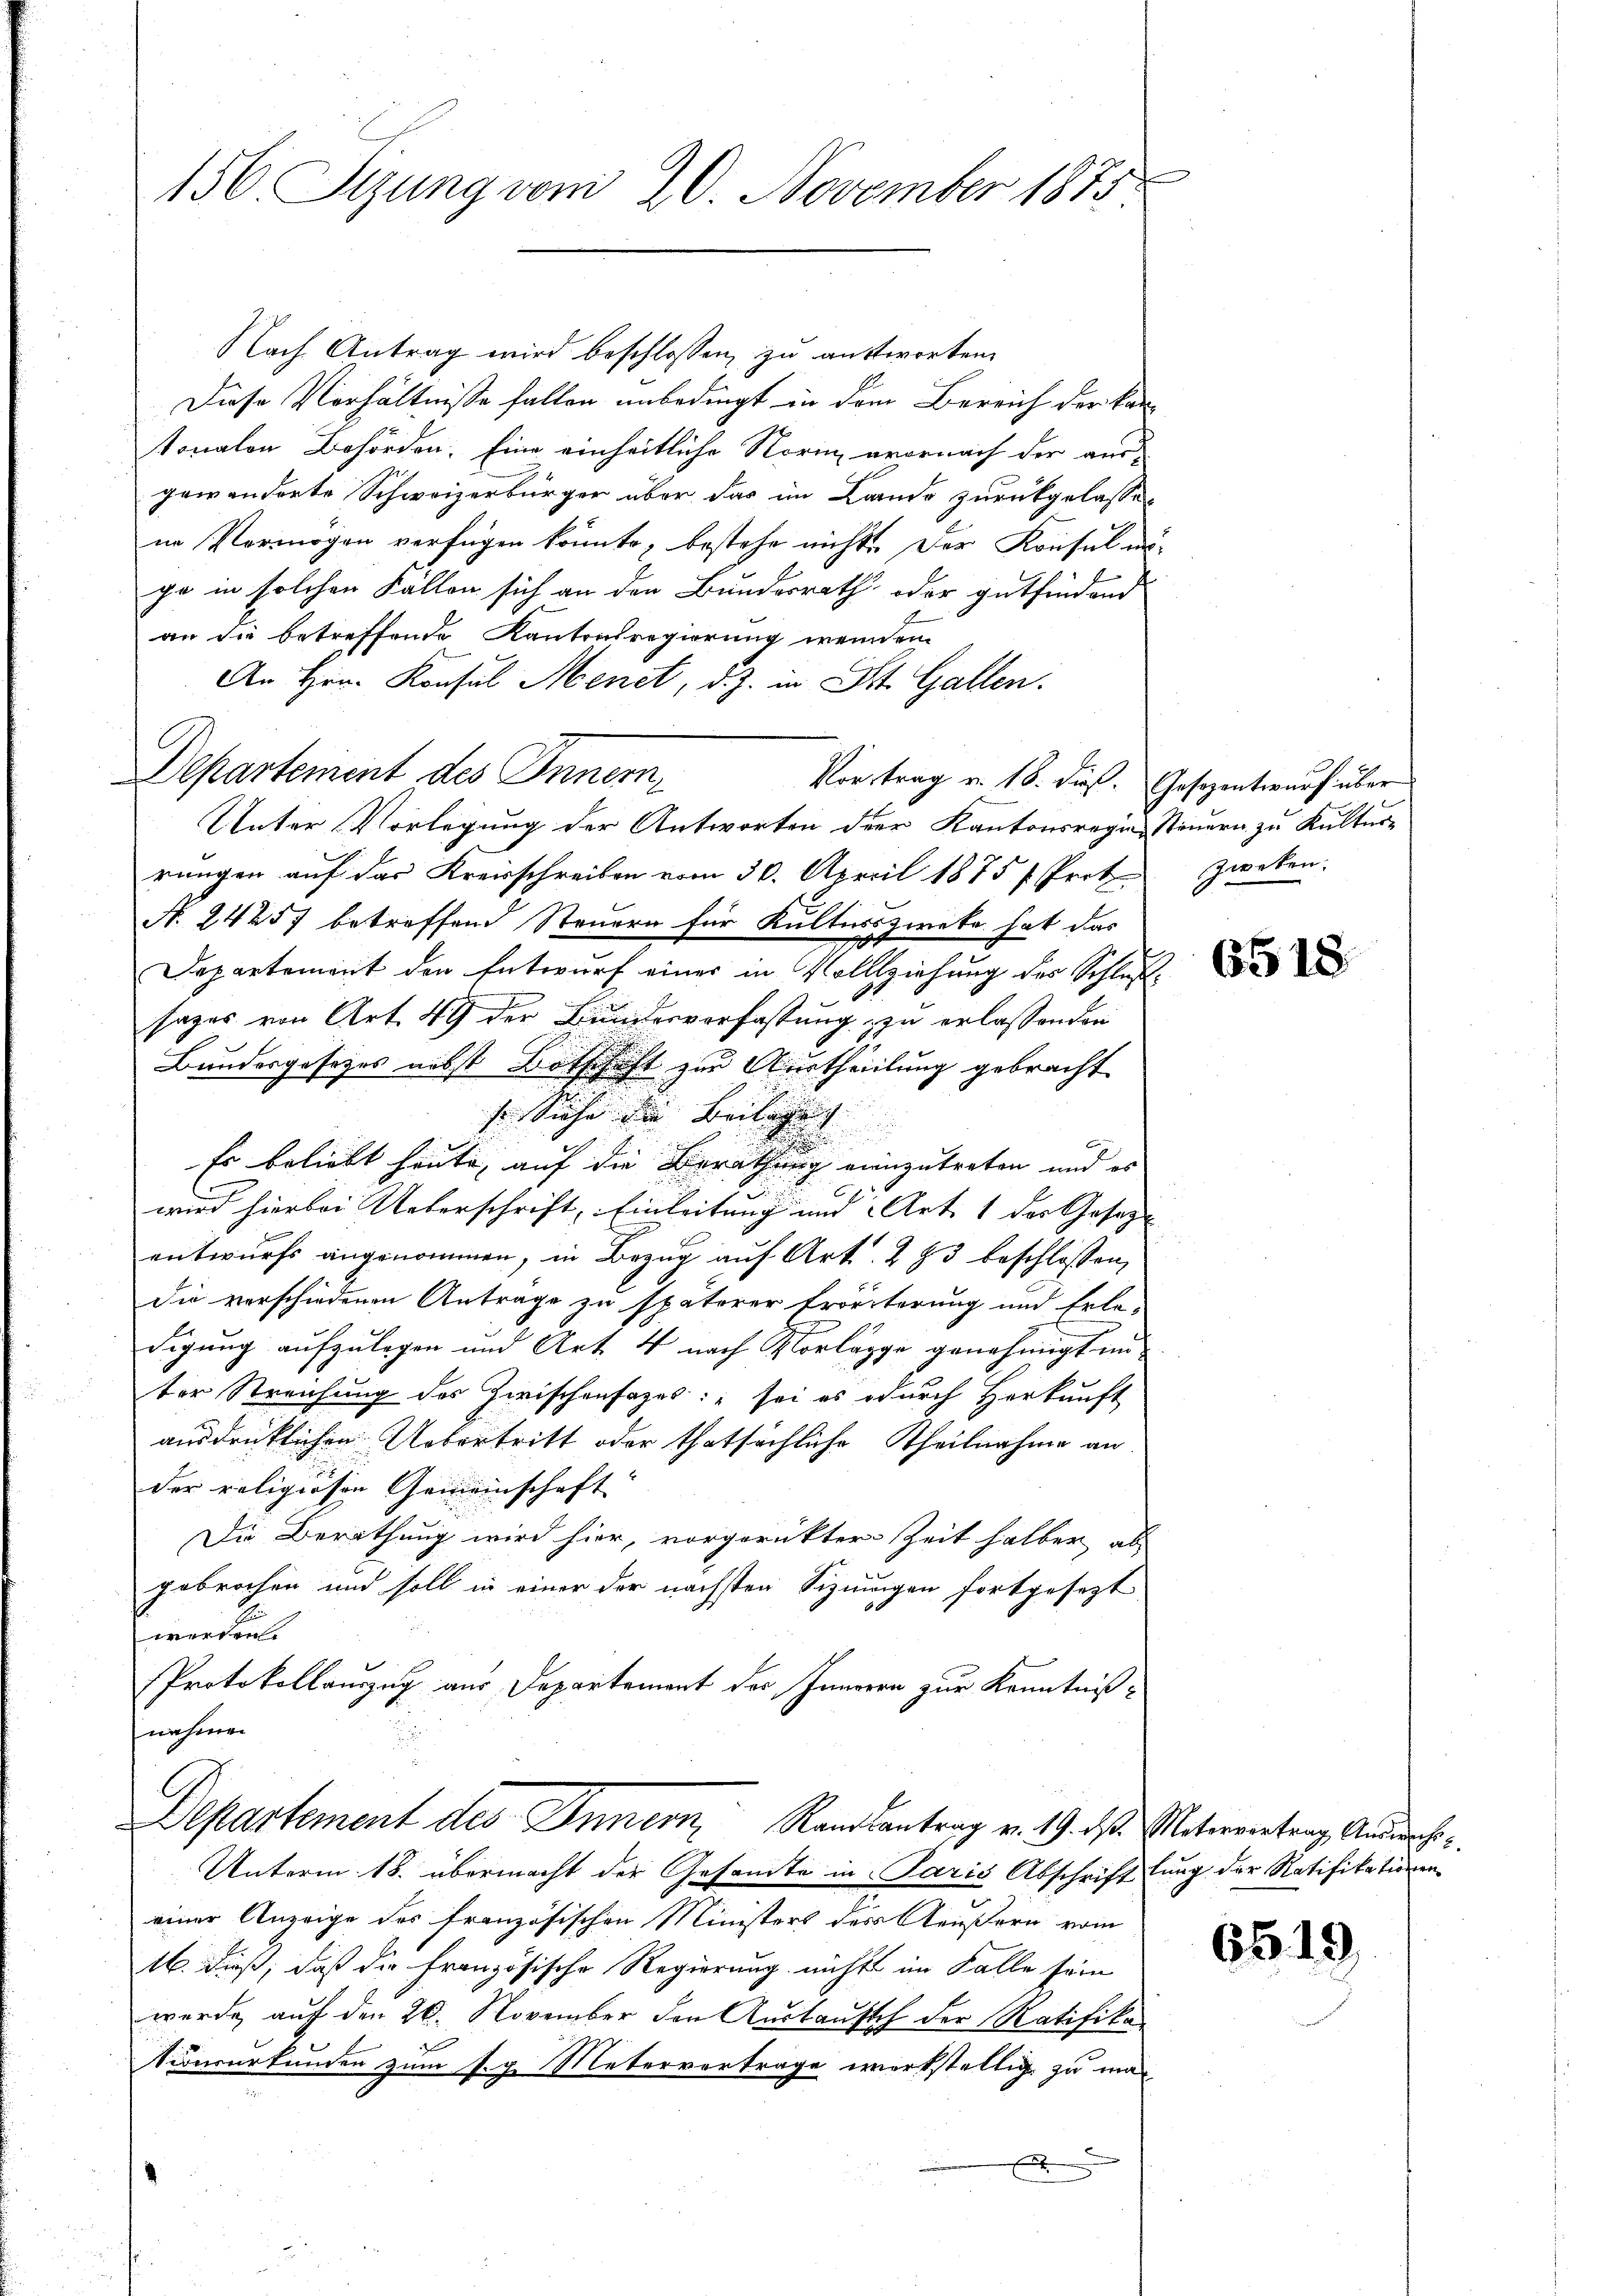
156 Sizung vom 20. November 1875

Nach Antrag wird beschlossen, zu antworten.
Diese Verhältnisse fallen unbedingt in dem Bereich der kantonalen Behörden. Eine einheitliche Norin vornach der aus
gewänderte Schweizerbürger über das im Lande zurückgelasse-
ne Vermögen verfügen könnte, bestehe nichts. Das Konsul mi-
go in solchen Fällen sich an den Bundesrath oder gutfindend
an die betreffende Kantonsregierung wenden
An Hrn. Konsul Menet, d. J. in St. Gallen.
Departement des Innern,
Vor trag v. 18. dieß. Gesezentwurf über
Unter Vorlegung der Antworten der Kantonsregien Steuern zu Kulturrungen auf das Kreisschreiben vom 30. April 1875 / Prot. Zweken.
N. 24257 betreffend Steuern für Kulturszwecke hat das
Departement den Entwurf eines in Vollziehung des Schlußsages von Art. 49 der Bundesverfassung zu erlassenden
Bundesgesetzes nebst Botschaft zur Austheilung gebracht
se Siche die Beilagung |
u
Es beliebt heute, auf die Berathung einzutreten und es
wird hierbei Ueberschrift, Einleitung und Art. 1 der Gesetze |
entwurfs angenommen, in Bezug auf Art. 283 beschlossen,
die verschiedenen Anträge zu späterer Erörterung und Erle-
digung aufzulegen und Art. 4 nach Vorlage genehmigt in
ter Streichung des Zwischenfages: " sei es durch Herkunft
ausdrücklichen Uebertritt oder thatsächliche Theilnahme an
der religiösen Gemeinschaft
Die Berathung wird hier, vorgerückter Zeit halber ab
gebrochen und soll in einer der nächsten Signungen fortgesezt
werden.
Protokollauszug aus Departement des Inneren zur Kenntnißnehmen
Departement des Innern, Randsantrag v. 19. ds. Untereintrag, Andreche
Unterm 18. übermacht der Gesamte in Paris Abschriftlung der Ratifikationen
einer Anzeige des französischen Ministers der Aeußern vom
16. dieß, daß die französische Regierung nichts im Falle sein
wurde auf den 26. November den Austausch der Ratifika
Nionsurkunden zum s. g. Metervertrage werkstellig zu ma¬
.

6518

6519